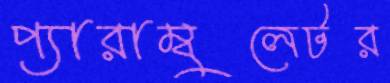
প্যারাম্বুলেটর